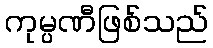
ကုမ္ပဏီဖြစ်သည်